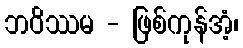
ဘဝိဿမ - ဖြစ်ကုန်အံ့၊